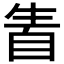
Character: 𤯣